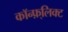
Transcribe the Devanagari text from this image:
कॉन्फ़्लिक्ट